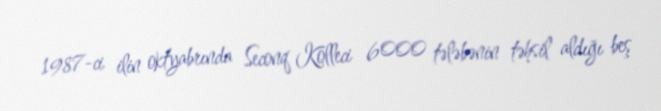
1987-ci ilin oktyabrında Seconq Kolleci 6000 tələbənin təhsil aldığı beş